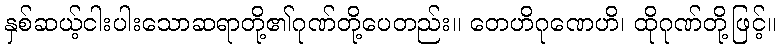
နှစ်ဆယ့်ငါးပါးသောဆရာတို့၏ဂုဏ်တို့ပေတည်း။ တေဟိဂုဏေဟိ၊ ထိုဂုဏ်တို့ဖြင့်။